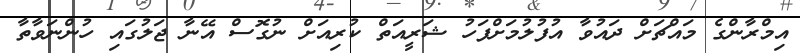
އިމްރާންގެ މައްޗަށް ދައުވާ އުފުލުމަށްފަހު ޝަރީއަތް ކުރިއަށް ނުގޮސް އޭނާ ޖަލުގައި ހުންނަވާތާ